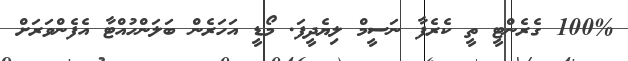
100% ގެރެންޓީ ތީ ކެރެފާ ނަސީމް ލިޔެދީފަ. މޯޑީ އަހަރެން ބަލަންހުއްޓާ އެފެންވަރަށް